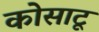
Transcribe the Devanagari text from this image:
कोसाटू